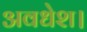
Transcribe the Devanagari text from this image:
अवधेश।